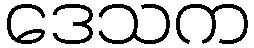
ဒေသက